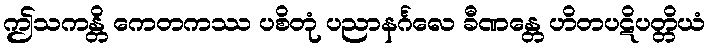
ဤသကန္တိ ကေတကဿ ပစိတုံ ပညာနင်္ဂလေ ခီဏန္တေ ဟိတပဋိပတ္တိယံ